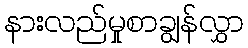
နားလည်မှုစာချွန်လွှာ